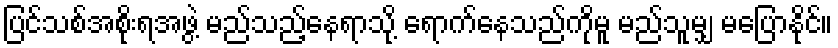
ပြင်သစ်အစိုးရအဖွဲ့ မည်သည့်နေရာသို့ ရောက်နေသည်ကိုမူ မည်သူမျှ မပြောနိုင်။